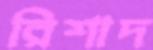
রিশাদ